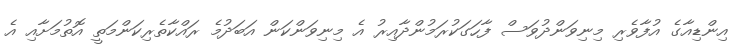
އިންޑިއާގެ އުފާވެރި މިނިވަންދުވަސް ފާހަގަކުރަމުންދާއިރު އެ މިނިވަންކަން އަބަދުމެ ރައްކާތެރިކަންމަތީ އޮތުމަށާއި އެ